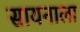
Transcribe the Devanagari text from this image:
सायनाला